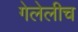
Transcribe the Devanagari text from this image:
गेलेलीच